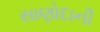
સાણોદાની